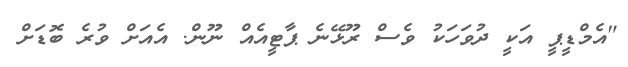
"އެމްޑީޕީ އަކީ ދުވަހަކު ވެސް ރޫޅޭނެ ޕާޓީއެއް ނޫން. އެއަށް ވުރެ ބޮޑަށް